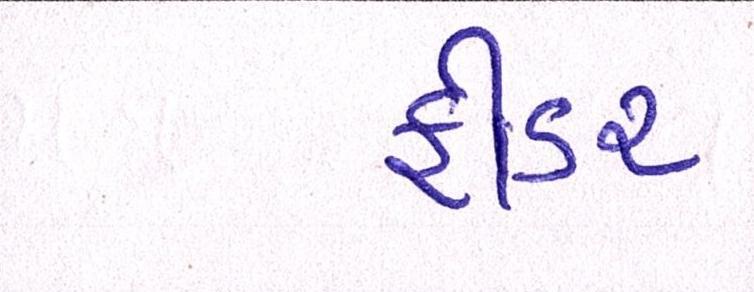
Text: ફીડર